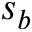
s _ { b }